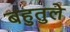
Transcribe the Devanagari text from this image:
बहुतुले